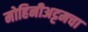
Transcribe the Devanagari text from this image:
मोहिनीअट्टमचा